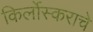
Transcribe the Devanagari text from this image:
किर्लोस्कराचे